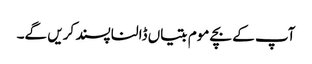
آپ کے بچے موم بتیاں ڈالنا پسند کریں گے۔